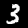
Digit: 3